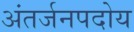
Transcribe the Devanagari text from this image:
अंतर्जनपदोय